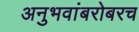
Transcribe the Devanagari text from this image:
अनुभवांबरोबरच